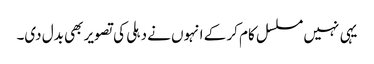
یہی نہیں مسلسل کام کر کے انہوں نے دہلی کی تصویر بھی بدل دی۔